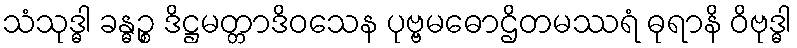
သံသုဒ္ဓါ ခန္ဓဉ္စ ဒိဋ္ဌမတ္တာဒိဝသေန ပုဗ္ဗမဓောဌိတမဿရံ ဓုရာနိ ဝိဗုဒ္ဓါ